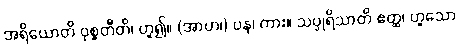
အရိယောတိ ဝုစ္စတီတိ၊ ဟူ၍။ (အာဟ၊) ပန၊ ကား။ သပ္ပုရိသာတိ ဧတ္ထ၊ ဟူသော